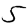
Digit: 5